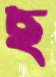
ছ